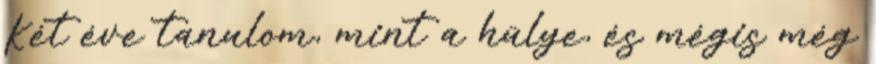
Két éve tanulom, mint a hülye, és mégis még